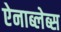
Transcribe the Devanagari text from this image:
ऐनाब्लेब्स